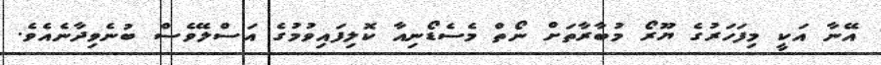
އޭނާ އަކީ މިފަހަރުގެ ޔޫރޯ މުބާރާތަށް ނޯތް މެސެޑޯނިއާ ކޮލިފައިވުމުގެ އަސްލޭވެސް ބުނެވިދާނެއެވެ.